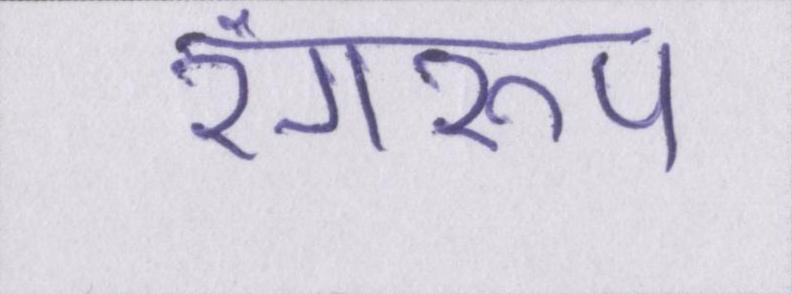
रंगरूप